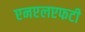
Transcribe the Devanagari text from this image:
एनएलएफटी